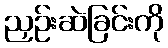
ညှဉ်းဆဲခြင်းကို